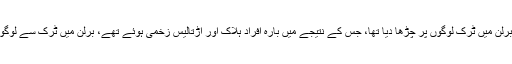
یاد رہے گذشتہ روز جرمن دارلحکومت برلن میں ٹرک لوگوں پر چڑھا دیا تھا، جس کے نتیجے میں بارہ افراد ہلاک اور اڑتالیس زخمی ہوئے تھے، برلن میں ٹرک سے لوگوں کو کچلنے والا ملزم تاحال مفرور ہے۔